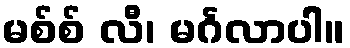
မစ်စ် လီ၊ မင်္ဂလာပါ။